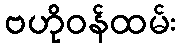
ဗဟိုဝန်ထမ်း